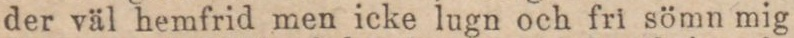
der väl hemfrid men icke lugn och fri sömn mig